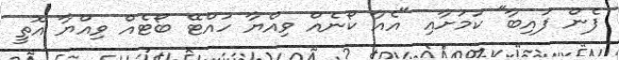
ފެން ފައިބާ" ކަމަށާއި "އެއާ ކޯނެއް ވިއްޔާ ހުއްޓޭ ބޯޓެއް ވިއްޔާ އޮތީ